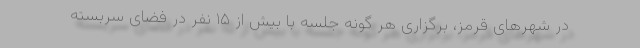
در شهرهای قرمز، برگزاری هر گونه جلسه با بیش از ۱۵ نفر در فضای سربسته